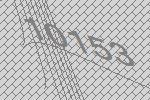
10153